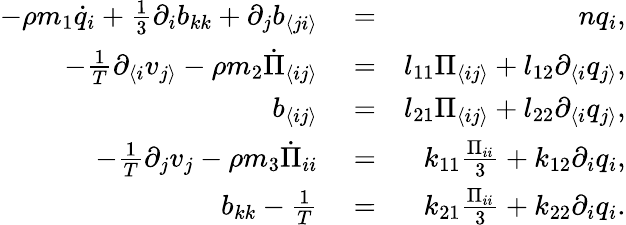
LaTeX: \begin{array}{rlr}{-\rho m_{1}\dot{q}_{i}+\frac{1}{3}\partial_{i}b_{kk}+\partial_{j}b_{\langle ji\rangle}}&{{}=}&{nq_{i},}\\ {-\frac{1}{T}\partial_{\langle i}v_{j\rangle}-\rho m_{2}\dot{\Pi}_{\langle ij\rangle}}&{{}=}&{l_{11}\Pi_{\langle ij\rangle}+l_{12}\partial_{\langle i}q_{j\rangle},}\\ {b_{\langle ij\rangle}}&{{}=}&{l_{21}\Pi_{\langle ij\rangle}+l_{22}\partial_{\langle i}q_{j\rangle},}\\ {-\frac{1}{T}\partial_{j}v_{j}-\rho m_{3}\dot{\Pi}_{ii}}&{{}=}&{k_{11}\frac{\Pi_{ii}}{3}+k_{12}\partial_{i}q_{i},}\\ {b_{kk}-\frac{1}{T}}&{{}=}&{k_{21}\frac{\Pi_{ii}}{3}+k_{22}\partial_{i}q_{i}.}\end{array}